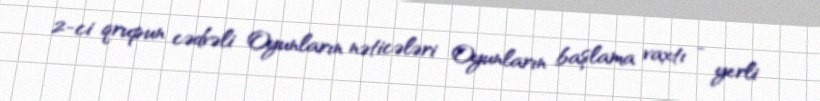
2-ci qrupun cədvəli Oyunların nəticələri Oyunların başlama vaxtı - yerli